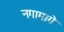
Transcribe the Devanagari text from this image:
नगामागे